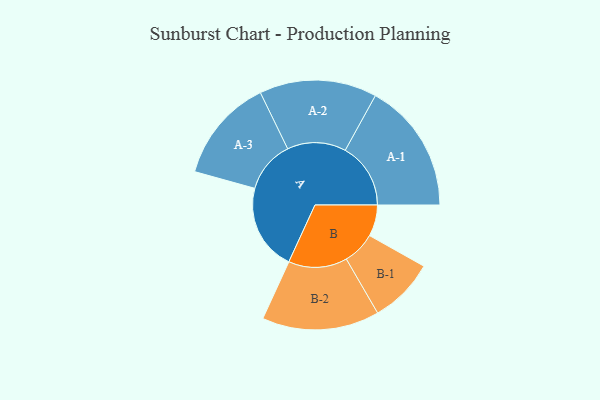
{"axis": {"x": "Segment", "y": "Value"}, "legend": ["", "A", "B"], "data": [{"x": "A", "y": 386, "type": ""}, {"x": "B", "y": 140, "type": ""}, {"x": "A-1", "y": 292, "type": "A"}, {"x": "A-2", "y": 262, "type": "A"}, {"x": "A-3", "y": 232, "type": "A"}, {"x": "B-1", "y": 146, "type": "B"}, {"x": "B-2", "y": 262, "type": "B"}]}